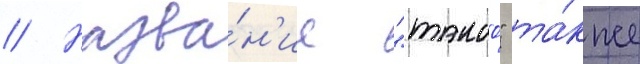
// Назва́н'ие "такао" та́кже